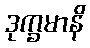
ဒုက္ခမာနိ